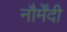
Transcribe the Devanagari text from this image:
नौर्मेंदी